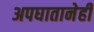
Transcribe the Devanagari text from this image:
अपघातानेही